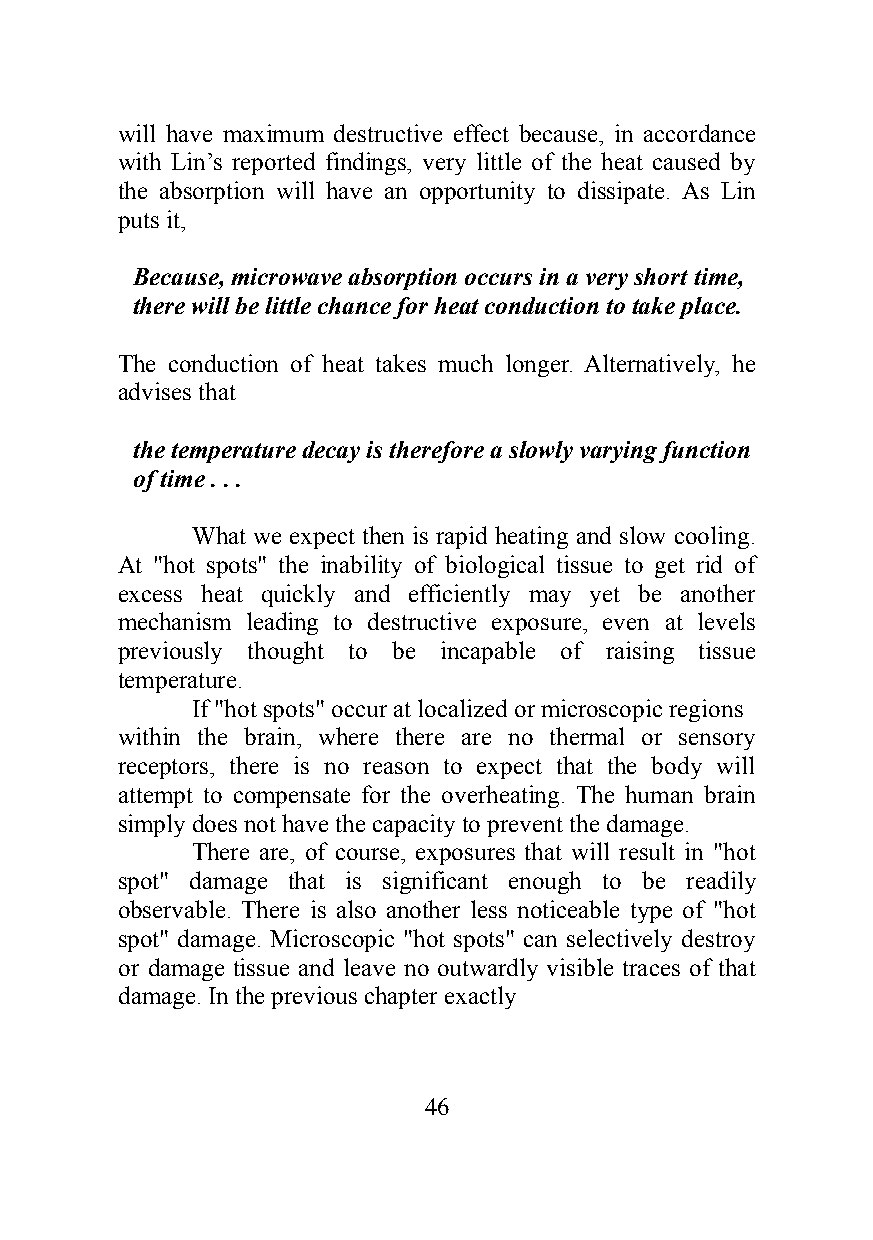
will have maximum destructive effect because, in accordance
 with Lin’s reported findings, very little of the heat caused by
 the absorption will have an opportunity to dissipate. As Lin
 puts it,
 Because, microwave absorption occurs in a very short time,
 there will be little chance for heat conduction to take place.
 The conduction of heat takes much longer. Alternatively, he
 advises that
 the temperature decay is therefore a slowly varying function
 of time . . .
 What we expect then is rapid heating and slow cooling.
 At "hot spots" the inability of biological tissue to get rid of
 excess heat quickly and efficiently may yet be another
 mechanism leading to destructive exposure, even at levels
 previously thought to be incapable of raising tissue
 temperature.
 If "hot spots" occur at localized or microscopic regions
 within the brain, where there are no thermal or sensory
 receptors, there is no reason to expect that the body will
 attempt to compensate for the overheating. The human brain
 simply does not have the capacity to prevent the damage.
 There are, of course, exposures that will result in "hot
 spot" damage that is significant enough to be readily
 observable. There is also another less noticeable type of "hot
 spot" damage. Microscopic "hot spots" can selectively destroy
 or damage tissue and leave no outwardly visible traces of that
 damage. In the previous chapter exactly
 46